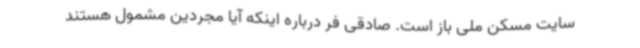
سایت مسکن ملی باز است. صادقی فر درباره اینکه آیا مجردین مشمول هستند